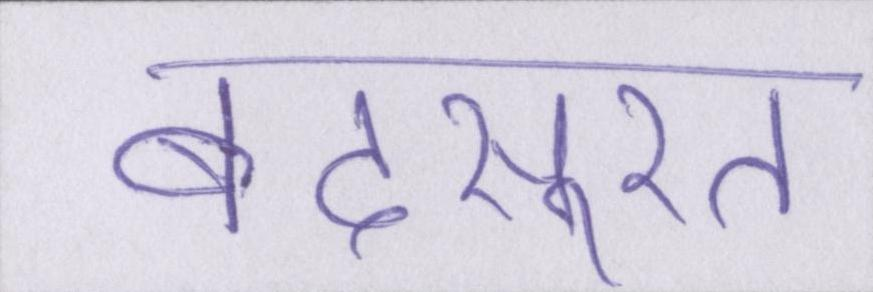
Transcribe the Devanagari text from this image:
बदसूरत